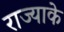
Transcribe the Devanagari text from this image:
राज्याके